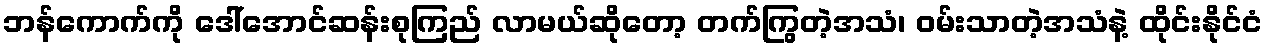
ဘန်ကောက်ကို ဒေါ်အောင်ဆန်းစုကြည် လာမယ်ဆိုတော့ တက်ကြွတဲ့အသံ၊ ဝမ်းသာတဲ့အသံနဲ့ ထိုင်းနိုင်ငံ